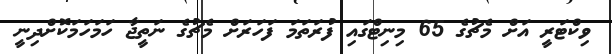
ވިކްޓަރީ އަށް މެޗުގެ 65 މިނިޓްގައި ފުރަތަމަ ފަހަރަށް މެޗުގެ ނަތީޖާ ހަމަހަމަކޮށްދިނީ